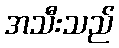
အသီးသည်